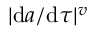
| \mathrm { d } a / \mathrm { d } \tau | ^ { v }